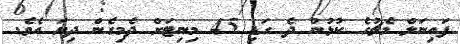
ފައިނަލް މެޗުގެ ކުޅުން ދެ ގަޑި 45 މިނިޓަށް ދެމިގެން ދިޔަ އެވެ.